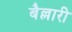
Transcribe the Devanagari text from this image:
बैल्लारी